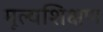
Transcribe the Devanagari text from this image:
मूल्यशिक्षण